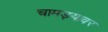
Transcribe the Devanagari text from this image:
चामड्यावर